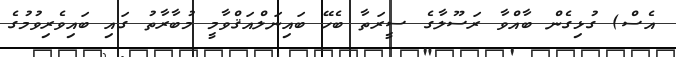
އެސް) ގުޅިގެން ބާއްވާ ރަސޫލާގެ ސީރަތާ ބެހޭ ބައިނަލްއަޤްވާމީ މުބާރާތު ގައި ބައިވެރިވުމުގެ